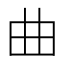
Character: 曲